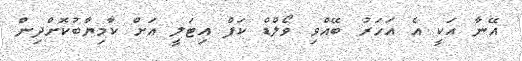
އޭނާ އަކީ އެ އަހަރު ބޭއްވި ވޯލްޑް ކަޕް އިޓަލީ އަށް ކާމިޔާބުކޮށްދިން